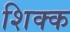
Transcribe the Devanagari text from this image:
शिक्क